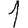
Digit: 1